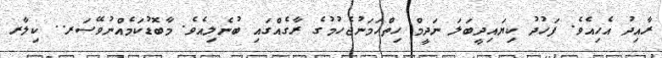
ރާއިދު އެހިއެވެ. ފަހުދު ކިޔައިދީބަލަ ނަދީމް ހިތްހަމަނުޖެހުމުގެ ރާގެއްގައި ބުނެލިއެވެ. މާބޮޑުކަމެއްނުވޭސަރ.. ކިލާރ